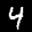
Label: 4